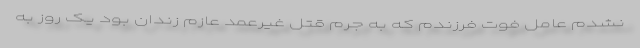
نشدم عامل فوت فرزندم که به جرم قتل غیرعمد عازم زندان بود یک روز به